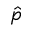
\hat { p }